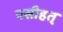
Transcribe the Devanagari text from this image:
नसीहत्